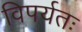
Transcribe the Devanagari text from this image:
विपर्यतः